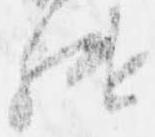
継